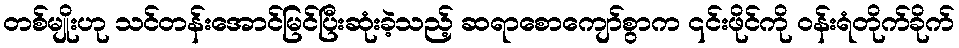
တစ်မျိုးဟု သင်တန်းအောင်မြင်ပြီးဆုံးခဲ့သည့် ဆရာစောကျော်စွာက ၎င်းဖိုင်ကို ဝန်းရံတိုက်ခိုက်